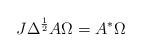
LaTeX: \begin{align*}J\Delta ^{\frac{1}{2}}A\Omega =A^{*}\Omega\end{align*}